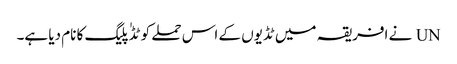
UN نے افریقہ میں ٹڈیوں کے اس حملے کو ٹڈٰ پلیگ کا نام دیا ہے۔